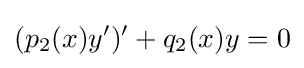
(p_{2}(x)y^{\prime })^{\prime }+q_{2}(x)y=0